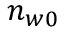
n _ { w 0 }